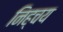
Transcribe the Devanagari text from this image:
निह्चय